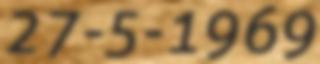
27-5-1969